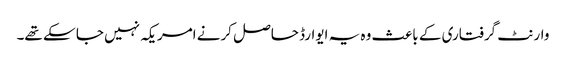
وارنٹ گرفتاری کے باعث وہ یہ ایوارڈ حاصل کرنے امریکہ نہیں جا سکے تھے۔